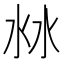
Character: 沝